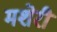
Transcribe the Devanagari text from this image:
मशेरी